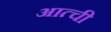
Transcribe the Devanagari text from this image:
आत्ची